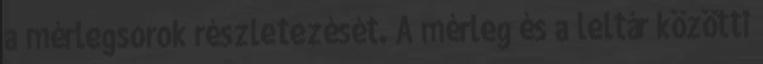
a mérlegsorok részletezését. A mérleg és a leltár közötti